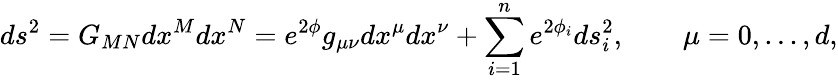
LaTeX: ds^{2}=G_{MN}dx^{M}dx^{N}=e^{2\phi}g_{\mu\nu}dx^{\mu}dx^{\nu}+\sum_{i=1}^{n}e^{2\phi_{i}}ds_{i}^{2},\qquad\mu=0,...,d,